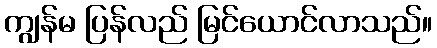
ကျွန်မ ပြန်လည် မြင်ယောင်လာသည်။